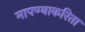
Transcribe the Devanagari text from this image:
मापण्याकरिता